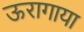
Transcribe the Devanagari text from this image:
ऊरागाया